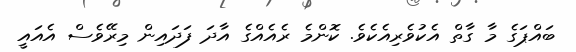
ބައްޕަގެ މާ ގާތް އެކުވެރިއެކެވެ. ކޮންމެ ރެއެއްގެ އާދަ ފަދައިން މިރޭވެސް އެއައީ